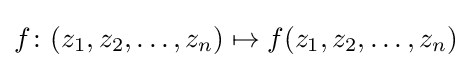
f\colon (z_{1},z_{2},\ldots ,z_{n})\mapsto f(z_{1},z_{2},\ldots ,z_{n})